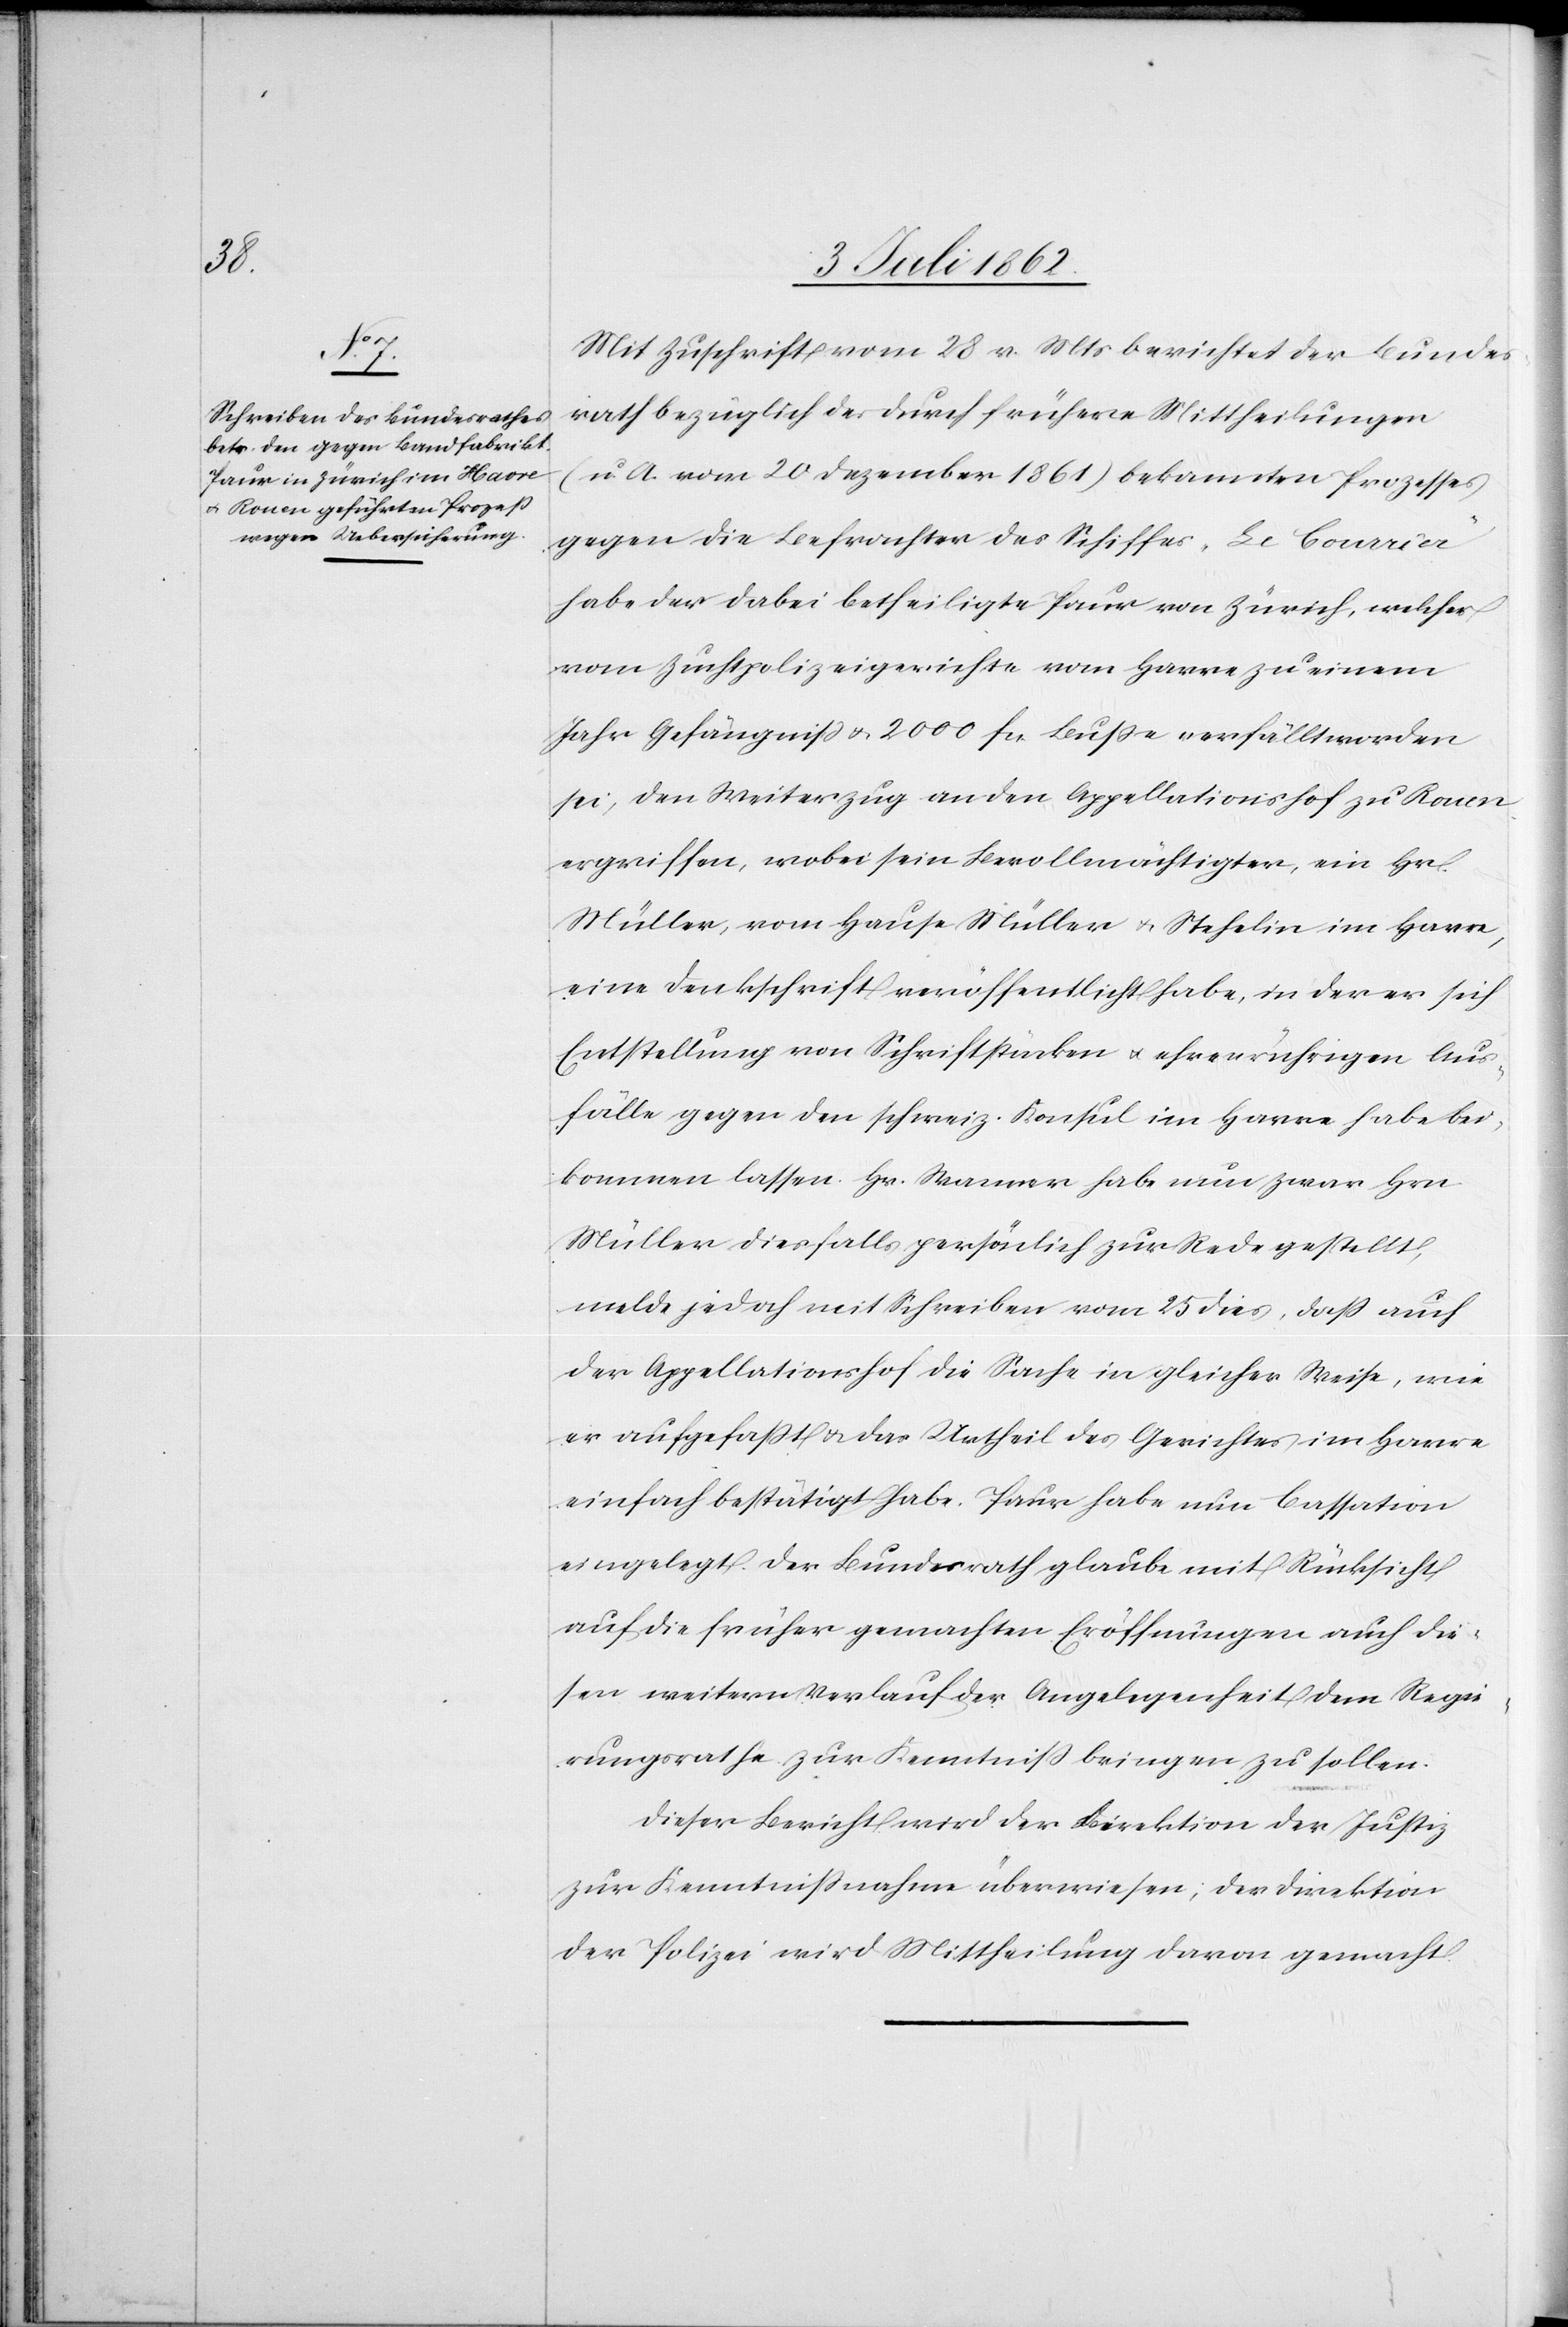
Mit Zuschrift vom 28 v. Mts. berichtet der Bundes¬
rath bezüglich des durch frühere Mittheilungen
(u. A. vom 20 Dezember 1861) bekannten Prozesses
gegen die Befrachter des Schiffes „Le Bourrier“
habe der dabei betheiligte Paur von Zürich, welcher
vom Zuchtpolizeigerichte vom Havre zu einem
Jahr Gefängniß u. 2000 Fcs. Buße verfällt worden
sei, den Weiterzug an den Appellationshof zu Rouen
ergriffen, wobei sein Bevollmächtigter, ein Hr.
Müller, vom Hause Müller u. Stehlin im Havre,
eine Denkschrift veröffentlicht habe, in der er sich
Entstellung von Schriftstücken u. ehrenrührigen Aus¬
fälle [sic!] gegen den schweiz. Konsul im Havre habe bei¬
kommen lassen. Hr. Wanner habe nun zwar Hrn.
Müller dießfalls persönlich zur Rede gestellt,
melde jedoch mit Schreiben vom 25 dies, daß auch
der Appellationshof die Sache in gleicher Weise, wie
er aufgefaßt u. das Urtheil des Gerichtes im Havre
einfach bestätigt habe. Paur habe nun Cassation
eingelegt. Der Bundesrath glaube mit Rücksicht
auf die früher gemachten Eröffnungen auch die¬
sen weitern Verlauf der Angelegenheit dem Regie¬
rungsrathe zur Kenntniß bringen zu sollen.
Dieser Bericht wird der Direktion der Justiz
zur Kenntnisnahme überwiesen, der Direktion
der Polizei wird Mittheilung davon gemacht.